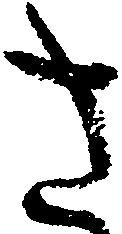
さ